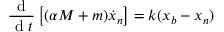
\frac { \textrm { d } } { \textrm { d } t } \left[ ( \alpha M + m ) \dot { x } _ { n } \right] = k ( x _ { b } - x _ { n } )